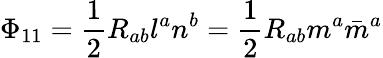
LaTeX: \Phi_{11}={\frac{1}{2}}R_{ab}l^{a}n^{b}={\frac{1}{2}}R_{ab}m^{a}{\bar{m}}^{a}